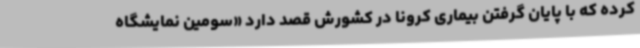
کرده که با پایان گرفتن بیماری کرونا در کشورش قصد دارد «سومین نمایشگاه